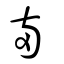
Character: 兩